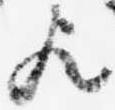
歟